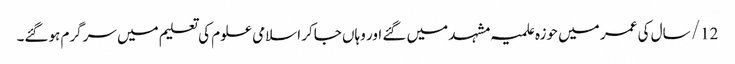
12/ سال کی عمر میں حوزہ علمیہ مشہد میں گئے اور وہاں جاکر اسلامی علوم کی تعلیم میں سرگرم ہوگئے۔